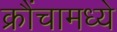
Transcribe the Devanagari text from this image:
क्रौंचामध्ये